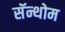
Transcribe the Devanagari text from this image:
सॅन्थोम